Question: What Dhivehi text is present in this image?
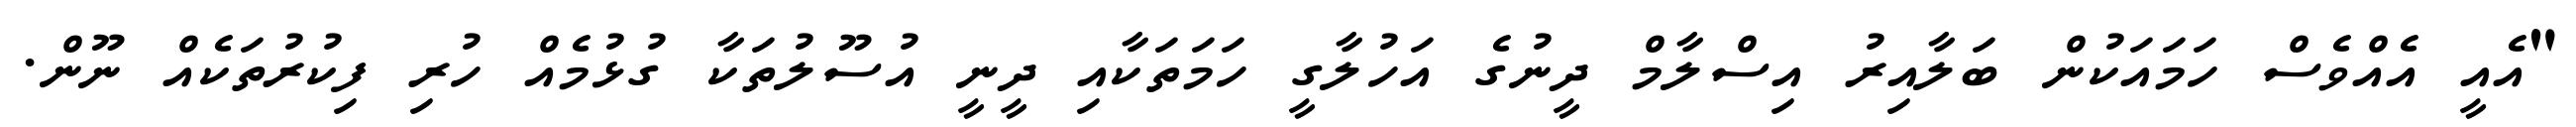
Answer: "އެއީ އެއްވެސް ހަމައަކުން ބަލާއިރު އިސްލާމް ދީނުގެ އަހުލާގީ ހަމަތަކާއި ދީނީ އުސޫލުތަކާ ގުޅުމެއް ހުރި ފިކުރުތަކެއް ނޫން.